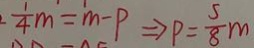
\frac { 1 } { 4 } m = m - P \Rightarrow P = \frac { 5 } { 8 } m